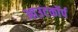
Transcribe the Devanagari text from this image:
आउटकॉर्प